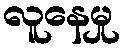
လူနေမှု